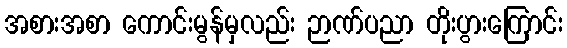
အစားအစာ ကောင်းမွန်မှလည်း ဉာဏ်ပညာ တိုးပွားကြောင်း